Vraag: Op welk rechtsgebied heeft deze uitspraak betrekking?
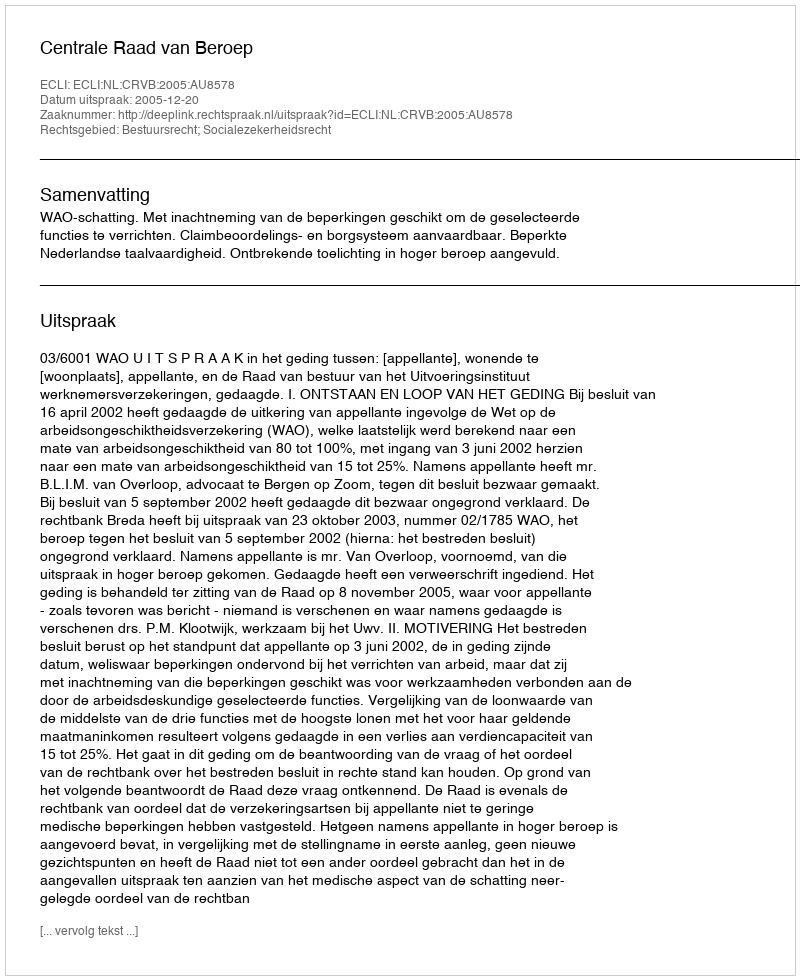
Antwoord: Bestuursrecht; Socialezekerheidsrecht